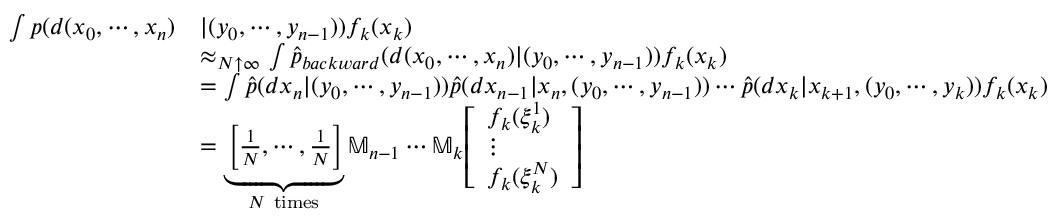
{ \begin{array} { r l } { \int p ( d ( x _ { 0 } , \cdots , x _ { n } ) } & { | ( y _ { 0 } , \cdots , y _ { n - 1 } ) ) f _ { k } ( x _ { k } ) } \\ & { \approx _ { N \uparrow \infty } \int { \widehat { p } } _ { b a c k w a r d } ( d ( x _ { 0 } , \cdots , x _ { n } ) | ( y _ { 0 } , \cdots , y _ { n - 1 } ) ) f _ { k } ( x _ { k } ) } \\ & { = \int { \widehat { p } } ( d x _ { n } | ( y _ { 0 } , \cdots , y _ { n - 1 } ) ) { \widehat { p } } ( d x _ { n - 1 } | x _ { n } , ( y _ { 0 } , \cdots , y _ { n - 1 } ) ) \cdots { \widehat { p } } ( d x _ { k } | x _ { k + 1 } , ( y _ { 0 } , \cdots , y _ { k } ) ) f _ { k } ( x _ { k } ) } \\ & { = \underbrace { \left[ { \frac { 1 } { N } } , \cdots , { \frac { 1 } { N } } \right] } _ { N { \mathrm { ~ t i m e s } } } \mathbb { M } _ { n - 1 } \cdots \mathbb { M } _ { k } { \left[ \begin{array} { l } { f _ { k } ( \xi _ { k } ^ { 1 } ) } \\ { \vdots } \\ { f _ { k } ( \xi _ { k } ^ { N } ) } \end{array} \right] } } \end{array} }